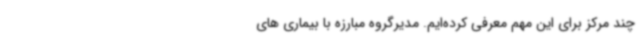
چند مرکز برای این مهم معرفی کرده‌ایم. مدیرگروه مبارزه با بیماری های